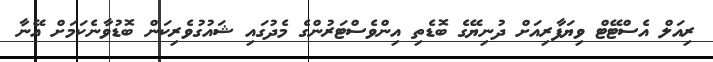
ރިއަލް އެސްޓޭޓް ވިޔަފާރިއަށް ދުނިޔޭގެ ބޮޑެތި އިންވެސްޓަރުންގެ މެދުގައި ޝައުގުވެރިކަން ބޮޑުވާނެކަމަށް އޭނާ